NAE_ERA_R-2324_Eesti_Vabariigi_Pohiseaduslik_Assamblee, lk 116
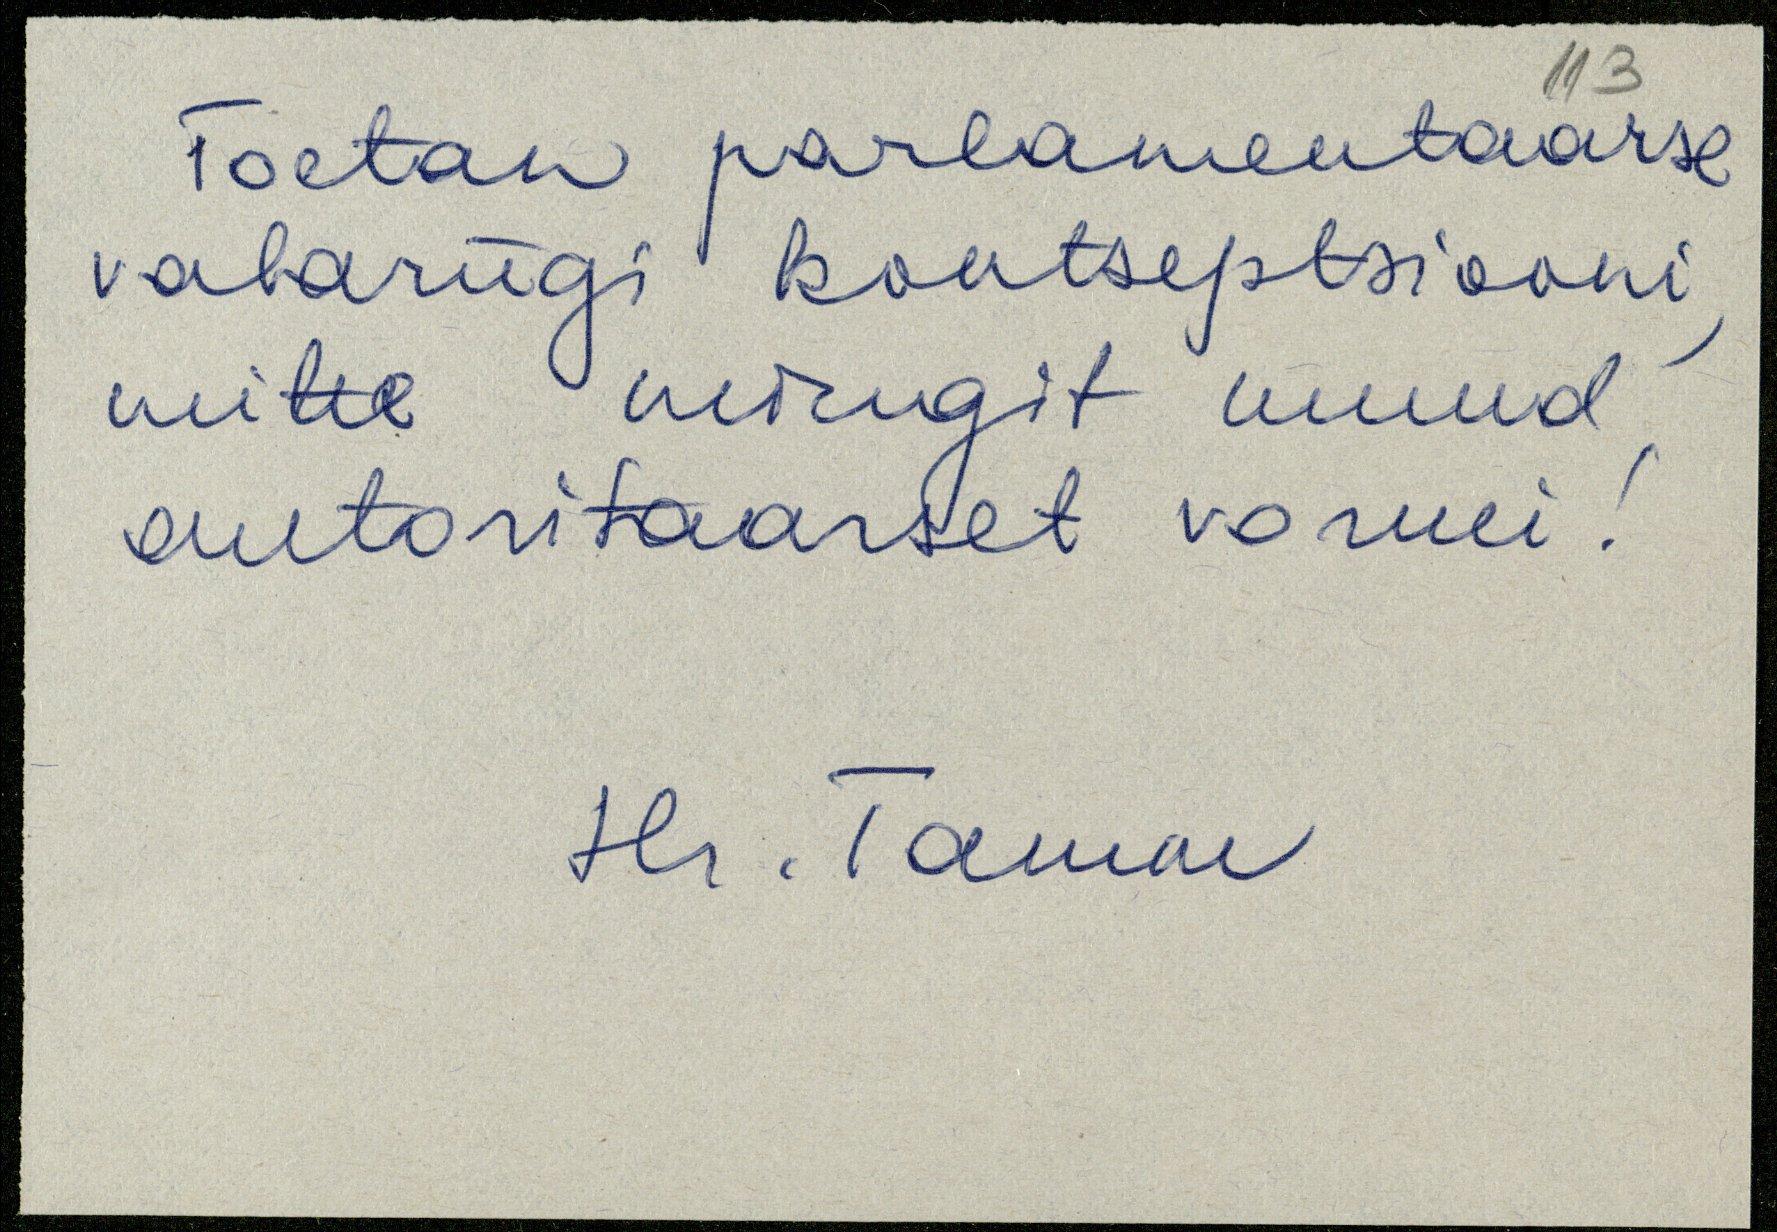
Toetan parlamentaarse
vabariigi kontseptsiooni
mitte mingit muud
autoritaarset vormi!
Hr. Tamm